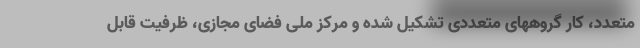
متعدد، کار گروههای متعددی تشکیل شده و مرکز ملی فضای مجازی، ظرفیت قابل